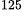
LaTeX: ^\textrm{\scriptsize 125}